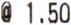
@ 1.50